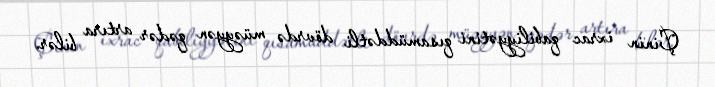
Çinin ixrac qabiliyyətini qısamüddətli dövrdə müəyyən qədər artıra bilər.